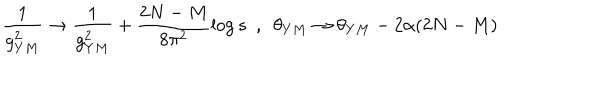
LaTeX: \frac { 1 } { g _ { Y M } ^ { 2 } } \rightarrow \frac { 1 } { g _ { Y M } ^ { 2 } } + \frac { 2 N - M } { 8 \pi ^ { 2 } } \log s ~ ~ , ~ ~ \theta _ { Y M } \rightarrow \theta _ { Y M } - 2 \alpha ( 2 N - M )